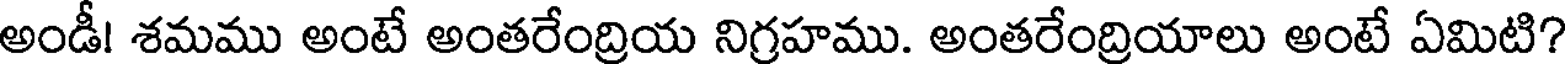
అండీ! శమము అంటే అంతరేంద్రియ నిగ్రహము. అంతరేంద్రియాలు అంటే ఏమిటి?